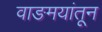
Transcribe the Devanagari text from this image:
वाङमयांतून